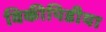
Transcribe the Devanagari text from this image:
विकीपिडीया